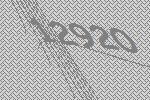
12920